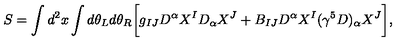
S = \int d ^ { 2 } x \int d \theta _ { L } d \theta _ { R } \biggl [ g _ { I J } D ^ { \alpha } X ^ { I } D _ { \alpha } X ^ { J } + B _ { I J } D ^ { \alpha } X ^ { I } ( \gamma ^ { 5 } D ) _ { \alpha } X ^ { J } \biggr ] ,